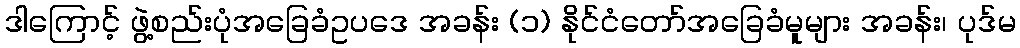
ဒါကြောင့် ဖွဲ့စည်းပုံအခြေခံဥပဒေ အခန်း (၁) နိုင်ငံတော်အခြေခံမူများ အခန်း၊ ပုဒ်မ